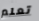
تعلم